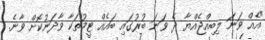
"އެއް ވަނަ ލިބިއްޖެއްޔާ ދެ ވަނަ ބުރުގައި ބައެއް ޓީމުތަކާ ވާދަނުކޮށް ވާނެ.